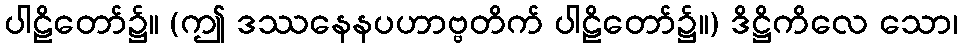
ပါဠိတော်၌။ (ဤ ဒဿနေနပဟာဗ္ဗတိက် ပါဠိတော်၌။) ဒိဋ္ဌိကိလေ သော၊